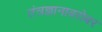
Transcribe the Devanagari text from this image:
तंत्रज्ञानाबरोबर